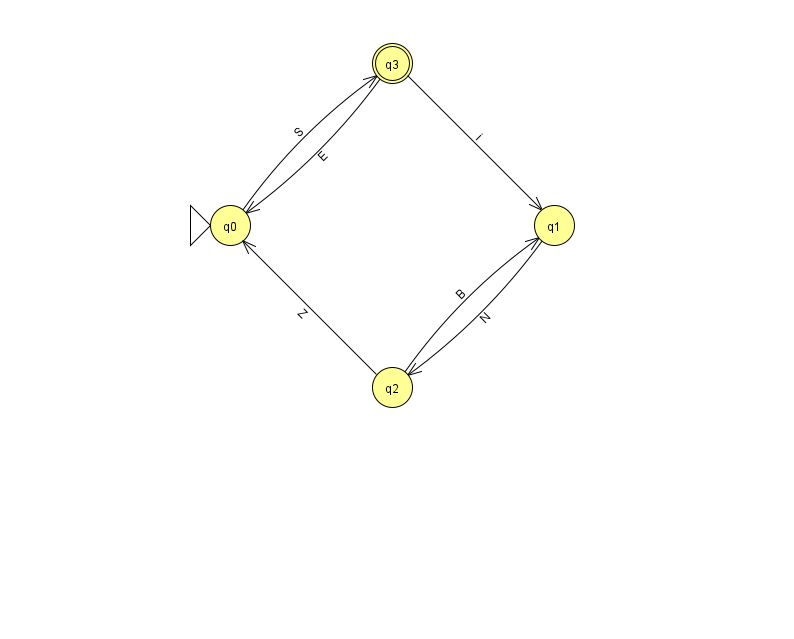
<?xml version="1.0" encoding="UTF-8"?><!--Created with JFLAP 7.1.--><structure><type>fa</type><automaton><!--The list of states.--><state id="0" name="q0"><x>230.0</x><y>212.0</y><initial/></state><state id="1" name="q1"><x>554.0</x><y>212.0</y></state><state id="2" name="q2"><x>392.0</x><y>374.0</y></state><state id="3" name="q3"><x>392.0</x><y>50.0</y><final/></state><!--The list of transitions.--><transition><from>1</from><to>2</to><read>N</read></transition><transition><from>2</from><to>1</to><read>B</read></transition><transition><from>0</from><to>3</to><read>S</read></transition><transition><from>2</from><to>0</to><read>Z</read></transition><transition><from>3</from><to>0</to><read>E</read></transition><transition><from>3</from><to>1</to><read>i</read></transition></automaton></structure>